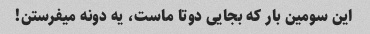
این سومین بار که بجایی دوتا ماست، یه دونه میفرستن!